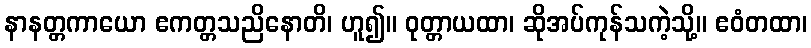
နာနတ္တကာယော ဧကတ္တသညိနောတိ၊ ဟူ၍။ ဝုတ္တာယထာ၊ ဆိုအပ်ကုန်သကဲ့သို့။ ဧဝံတထာ၊